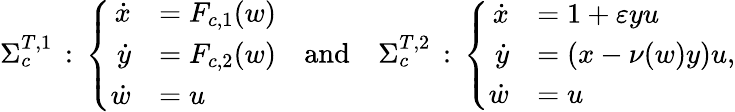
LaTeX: \begin{array}{r}{\Sigma_{c}^{T,1}\, :\, \left\{ \begin{array}{rl}{\dot{x}}&{=F_{c,1}(w)}\\ {\dot{y}}&{=F_{c,2}(w)}\\ {\dot{w}}&{=u}\end{array}\right.\quad\textrm{and}\quad\Sigma_{c}^{T,2}\, :\, \left\{ \begin{array}{rl}{\dot{x}}&{=1+\varepsilon yu}\\ {\dot{y}}&{=\left(x-\nu(w)y\right)u}\\ {\dot{w}}&{=u}\end{array}\right.,}\end{array}